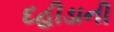
દહીડાની